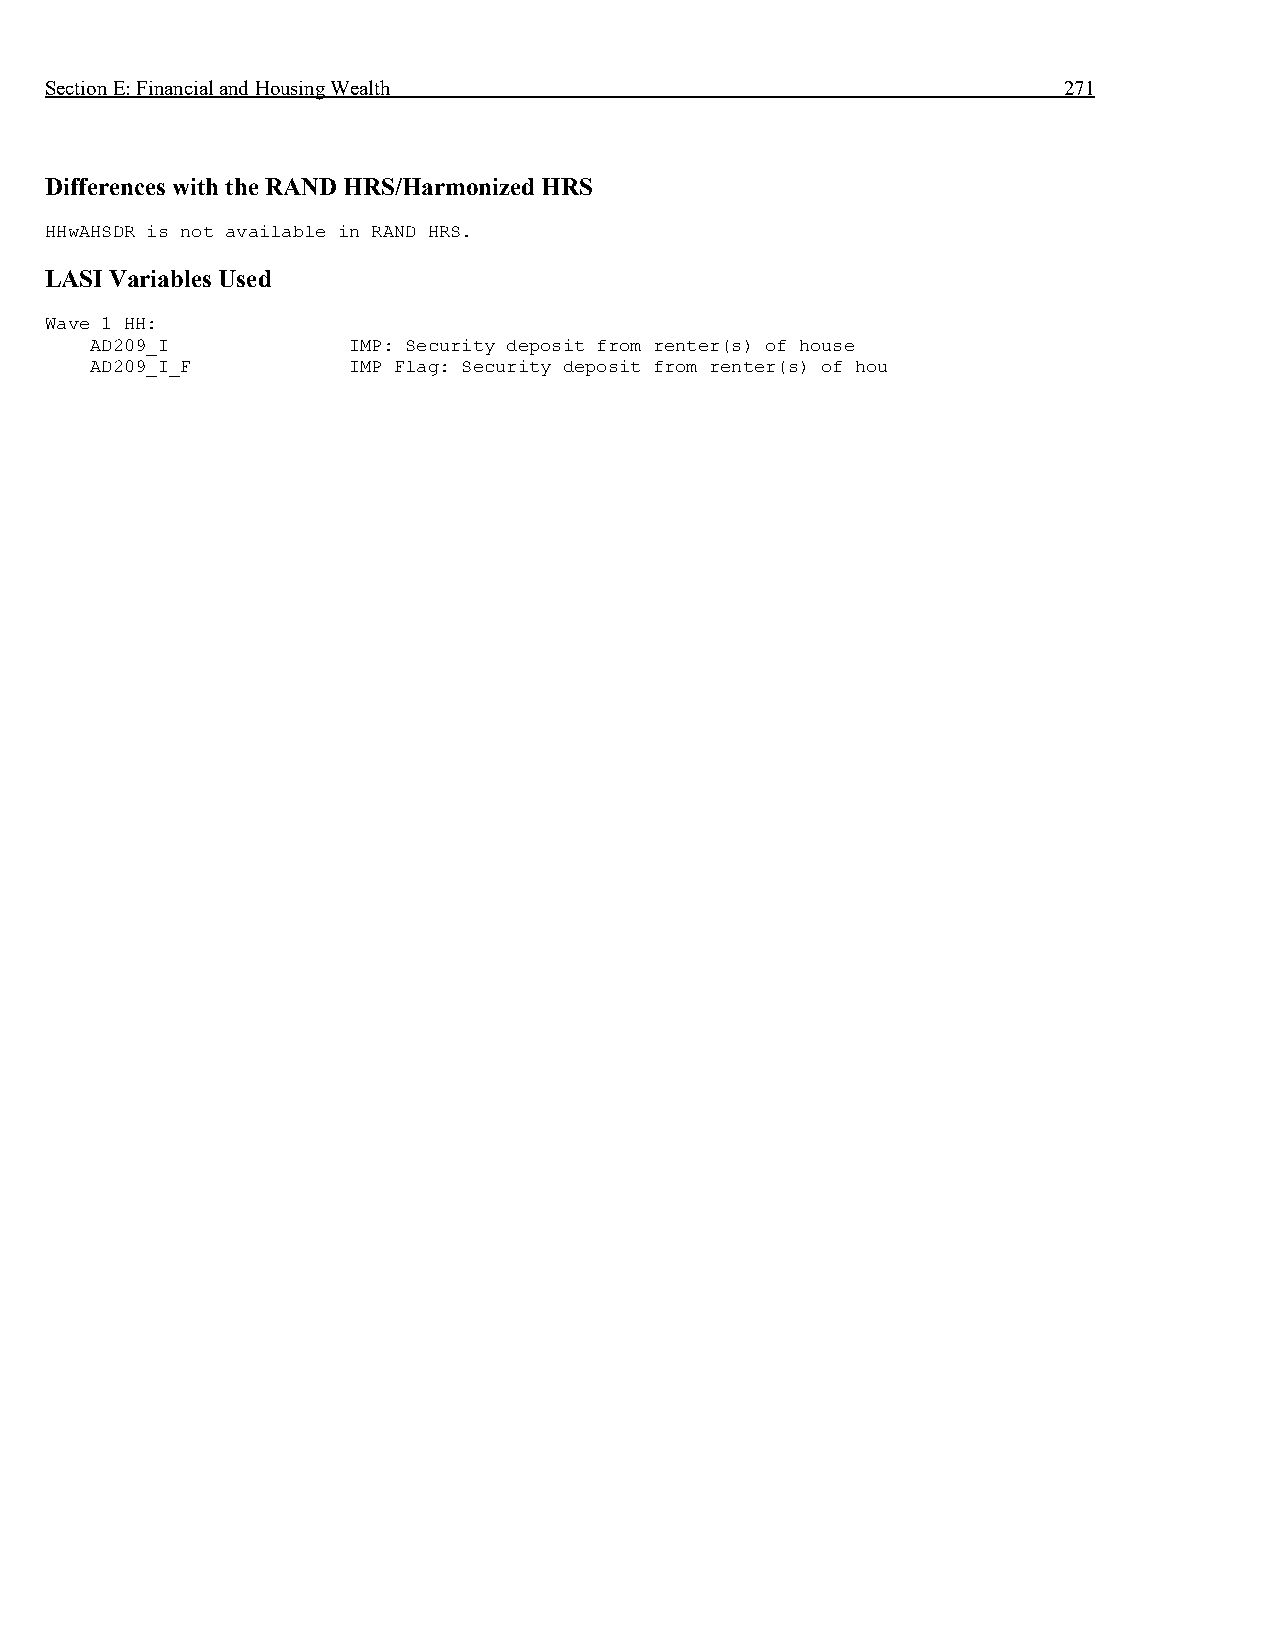
Section E: Financial and Housing Wealth                            271
 Differences with the RAND HRS/Harmonized HRS
 HHwAHSDR is not available in RAND HRS.
 LASI Variables Used
 Wave 1 HH:
 AD209_I          IMP: Security deposit from renter(s) of house
 AD209_I_F        IMP Flag: Security deposit from renter(s) of hou